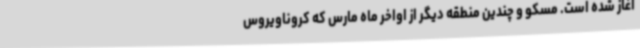
آغاز شده است. مسکو و چندین منطقه دیگر از اواخر ماه مارس که کروناویروس